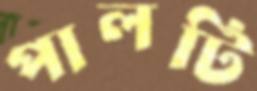
পালটি